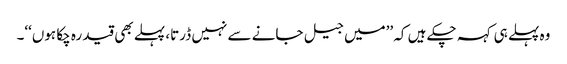
وہ پہلے ہی کہہ چکے ہیں کہ ’’میں جیل جانے سے نہیں ڈرتا، پہلے بھی قید رہ چکا ہوں‘‘۔